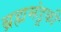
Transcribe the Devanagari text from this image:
ब्रह्ममंडूकी